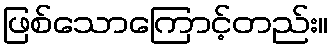
ဖြစ်သောကြောင့်တည်း။